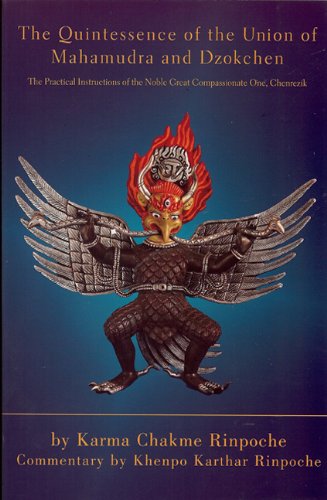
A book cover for Quintessence of the Union of Mahamudra and Dzokchen: Karma Chakme and Commentary by Khenpo Karthar Rinpoche; Karma Chakme Rinpoche; Religion & Spirituality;